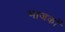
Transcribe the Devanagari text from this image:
भाजकों